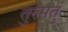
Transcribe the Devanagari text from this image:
तुरुमतु